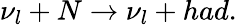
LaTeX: \nu_{l}+N\rightarrow\nu_{l}+had.